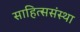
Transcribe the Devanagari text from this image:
साहित्ससंस्था